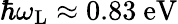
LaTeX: \hbar\omega_{\mathrm{L}}\approx 0.83~\mathrm{eV}